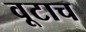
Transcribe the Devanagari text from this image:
वूटाच